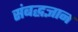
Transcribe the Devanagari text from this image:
संबद्धज्ञान